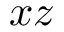
x z